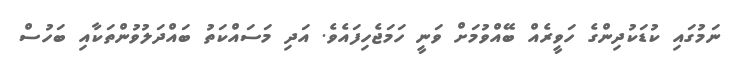
ނަމުގައި ކުޑަކުދިންގެ ހަވީރެއް ބޭއްވުމަށް ވަނީ ހަމަޖެހިފައެވެ. އަދި މަސައްކަތު ބައްދަލުވުންތަކާއި ބަހުސް